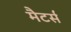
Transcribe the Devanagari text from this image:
मैटर्स